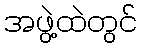
အဖွဲ့ထဲတွင်